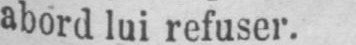
abord lui refuser.